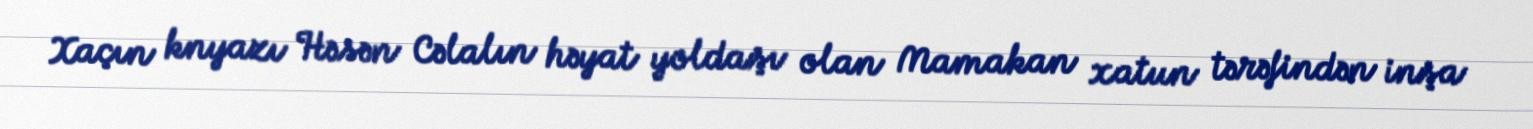
Xaçın knyazı Həsən Cəlalın həyat yoldaşı olan Mamakan xatun tərəfindən inşa